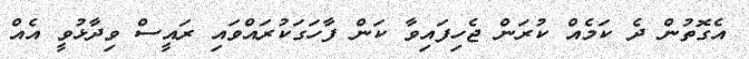
އެގޮތުން ދެ ކަމެއް ކުރަން ޖެހިފައިވާ ކަން ފާހަގަކުރައްވައި ރައީސް ވިދާޅުވީ އެއް